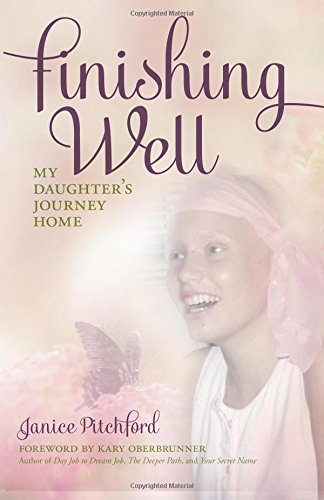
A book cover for Finishing Well: My daughter's journey home; Janice Pitchford; Self-Help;